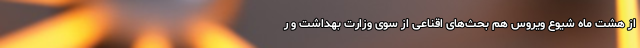
از هشت ماه شیوع ویروس هم بحث‌‌‌های اقناعی از سوی وزارت بهداشت و ر